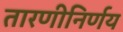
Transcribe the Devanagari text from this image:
तारणीनिर्णय